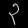
Digit: ၃